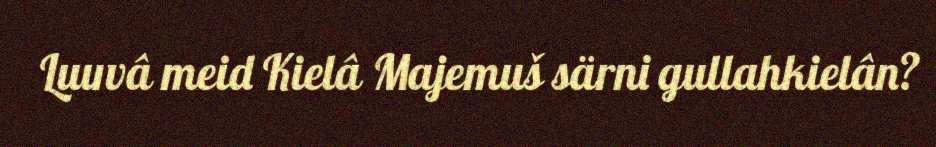
Luuvâ meid Kielâ Majemuš särni gullahkielân?